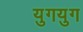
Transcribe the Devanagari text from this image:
युगयुग